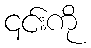
၎င်းကို